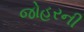
જોહરની